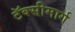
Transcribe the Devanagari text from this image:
टॅक्सीमार्ग